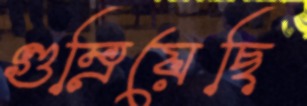
গুম্‌রিয়েছি